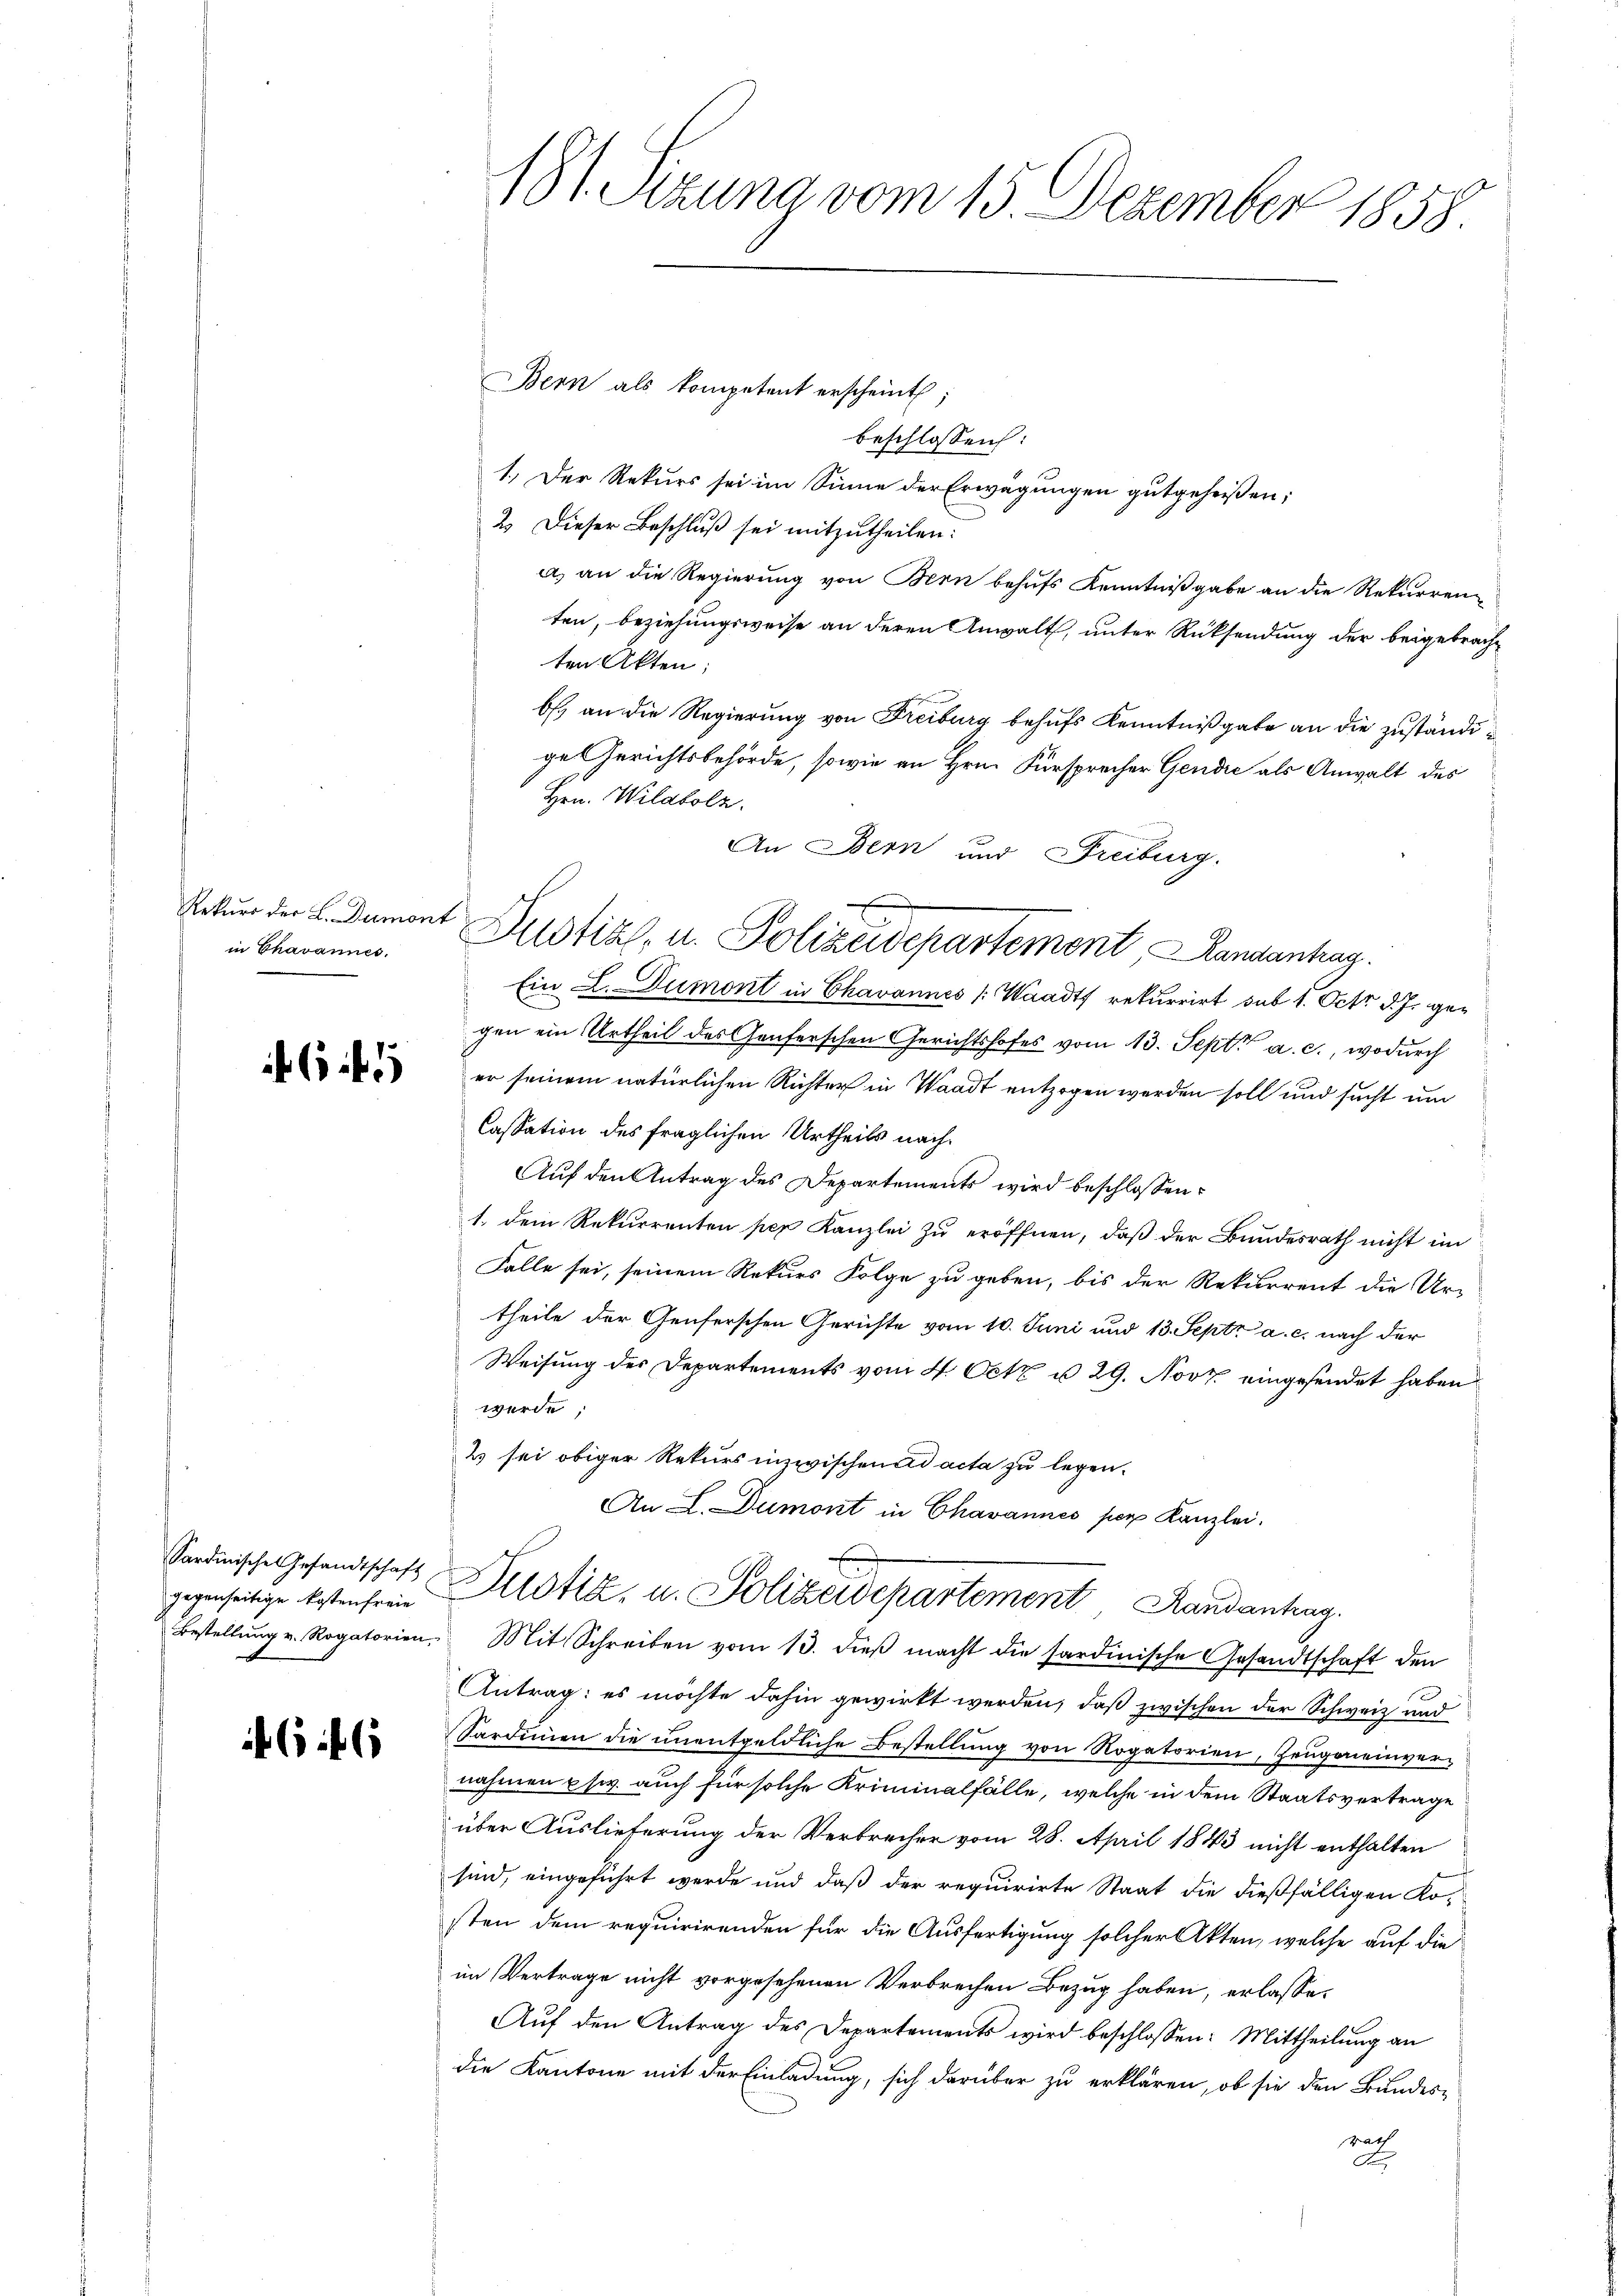
in Chavannes.

65

Sardinische Gesandtschaft
gegenseitige Kostenfreie
Bestellung v. Rogatorien

66

181. Sitzung vom 15. Dezember 1858.

Bern als kompetent erscheint;
beschlossen:
1.) Der Rekurs sei im Sinne der Erwägungen gutgeheißen;
2. Dieser Beschluß sei mitzutheilen:
a) an die Regierung von Bern behufs Kenntnißgabe an die Rekurrenten, beziehungsweise an deren Anwalt, unter Rücksendung der beigebrachten Akten;
b. an die Regierung von Freiburg behufs Kenntnißgabe an die zuständige Gerichtsbehörde, sowie an Hrn. Fürsprecher Gendie als Anwalt des
Hrn. Wildbolz.
An Bern und Freiburg.
Ein L. Dumont in Chavannes (Waadt rekurrirt sub 1. Oct. d. Js. gegen ein Urtheil des Genferschen Gerichtshofes vom 13. Sept. a. c., wodurch
er seinem natürlichen Richter in Waadt entzogen werden soll und sucht um
Cassation des fraglichen Urtheils nach¬
Auf den Antrag des Departements wird beschlossen:
1. dem Rekurrenten per Kanzlei zu eröffnen, daß der Bundesrath nicht im
Falle sei, seinem Rekurs Folge zu geben, bis der Rekurrent die Ur-
theile der Genferschen Gerichte vom 10. Juni und 13. Septz a. c. nach der
Weisung des Departements vom 4. Octz u 29. Nov. eingesendet haben
werde
2 sei obiger Rekurs inzwischen ad acta zu legen.
An L. Dumont in Chavannes per Kanzlei.
Justiz, u. Polizeidepartement Handantag.
Mit Schreiben vom 13. dieβ macht die sardinische Gesandtschaft den
Antrag: es möchte dahin gewirkt werden, daß zwischen der Schweiz und
Sardinien die unentgeldliche Bestellung von Rogatorien, Zeugeneinver-
nahmen usw. auch für solche Kriminalfälle, welche in dem Staatsvertrage
über Auslieferung der Verbrecher vom 28. April 1843 nicht enthalten
sind, eingeführt werde und daß der requirirte Staat die dießfälligen Kosten dem requirirenden für die Ausfertigung solcher Akten, welche auf die
im Vertrage nicht vorgesehenen Verbrechen Bezug haben, erlasse.
Auf den Antrag des Departements wird beschlossen: Mittheilung an
die Kantone mit der Einladung, sich darüber zu erklären, ob sie den Bundes-
srath
A

Retuer der L. Dament Justiz, u. Polizeidepartement, Landantrag